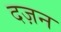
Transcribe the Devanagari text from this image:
दज़न